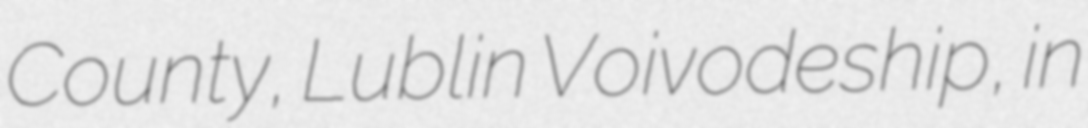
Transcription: County, Lublin Voivodeship, in